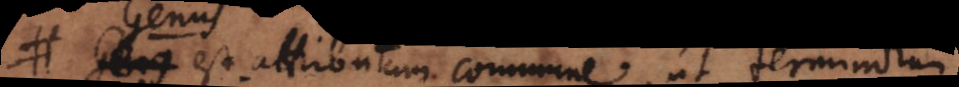
s est attributum commune, ut terminorum